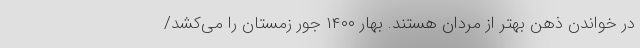
در خواندن ذهن بهتر از مردان هستند. بهار ۱۴۰۰ جور زمستان را می‌کشد/